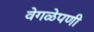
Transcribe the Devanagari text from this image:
वेगळेपणी